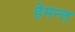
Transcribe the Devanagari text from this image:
हेमन्‍त